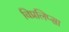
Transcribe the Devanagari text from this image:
विप्रलिप्सा